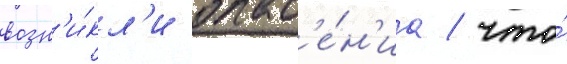
возн'и́кл'и опас'е́н'иа / что́